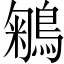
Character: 鵴